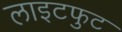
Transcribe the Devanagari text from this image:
लाइटफुट